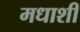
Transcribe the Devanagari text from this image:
मधाशी